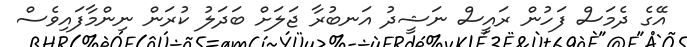
އޭގެ ދެމަސް ފަހުން ރައީސް ނަޝީދު އަނބުރާ ޖަލަށް ބަދަލު ކުރަން ނިންމާފައިވެސް